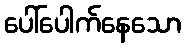
ပေါ်ပေါက်နေသော